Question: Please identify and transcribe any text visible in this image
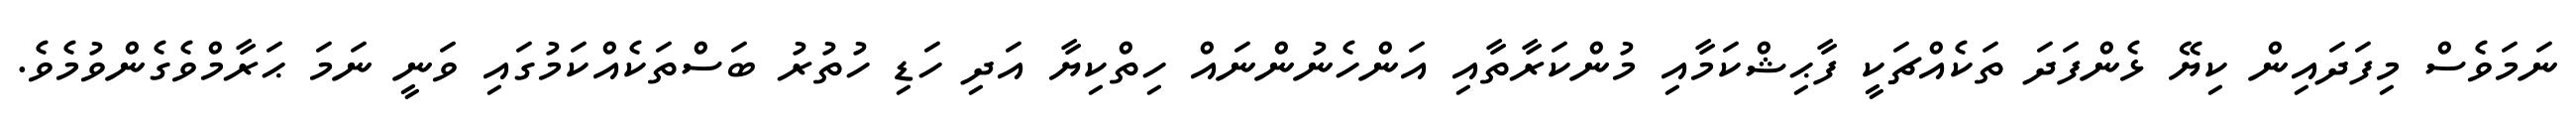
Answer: ނަމަވެސް މިފަދައިން ކިޔޭ ޅެންފަދަ ތަކެއްޗަކީ ފާޙިޝްކަމާއި މުންކަރާތާއި އަންހެނުންނައް ހިތްކިޔާ އަދި ހަޑި ހުތުރު ބަސްތަކެއްކަމުގައި ވަނީ ނަމަ ޙަރާމްވެގެންވުމެވެ.